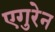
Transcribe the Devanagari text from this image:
एगुरेन